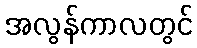
အလွန်ကာလတွင်